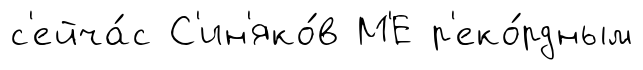
с'ейча́с С'ин'яко́в М'Е р'еко́рдным